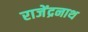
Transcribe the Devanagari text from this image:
राजेंद्रनाथ